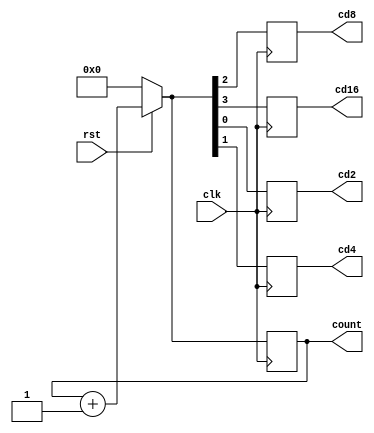
module clockdivider(clk,rst,count,cd2,cd4,cd8,cd16);
input clk,rst;
output [3:0]count;
reg [3:0]count;
output reg cd2,cd4,cd8,cd16;

always @(posedge clk)
begin
if(rst==0)
count=4'b0000;
else
count=count+1;
cd2=count[0];
cd4=count[1];
cd8=count[2];
cd16=count[3];
end
endmodule